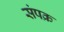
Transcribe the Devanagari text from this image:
संपक्र